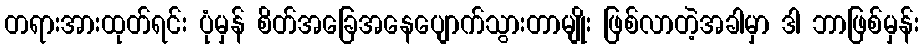
တရားအားထုတ်ရင်း ပုံမှန် စိတ်အခြေအနေပျောက်သွားတာမျိုး ဖြစ်လာတဲ့အခါမှာ ဒါ ဘာဖြစ်မှန်း